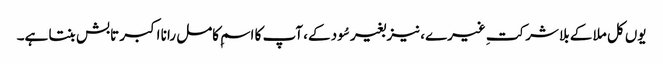
یوں کل ملا کے بلا شرکتِ غیرے، نیز بغیر سُود کے، آپ کا اسمِ کامل رانا اکبر تابش بنتا ہے۔